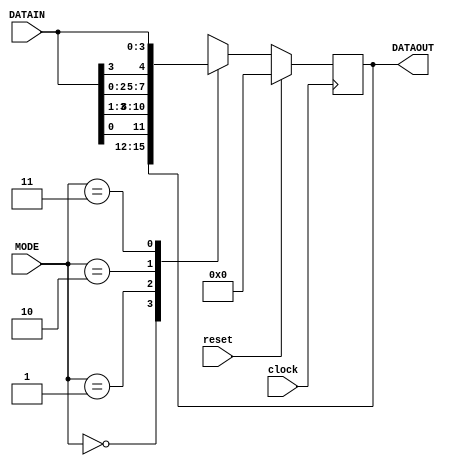
`timescale 1ns / 1ps
module universal_shiftreg(DATAOUT, clock, reset, MODE, DATAIN);
  output reg [3:0] DATAOUT;
  input clock, reset;
  input [1:0] MODE;
  input [3:0] DATAIN;
  
  always @(posedge clock)
  begin
    if(reset)
      DATAOUT <= 0;
    else
      begin
        case(MODE)
          2'b00 : DATAOUT <= DATAOUT;      // locked mode, do nothing
          2'b01 : DATAOUT <= {DATAIN[0], DATAIN[3:1]};//DATAOUT >> 1; 
          2'b10 : DATAOUT <= {DATAIN[2:0], DATAIN[3]};//DATAOUT << 1; 
          2'b11 : DATAOUT <= DATAIN;       // parallel in parallel out
        endcase
      end
  end
  
endmodule